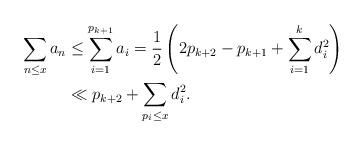
LaTeX: \begin{align*}\sum_{n\le x} a_n & \le \sum_{i=1}^{p_{k+1}} a_i =\frac1{2}\left(2p_{k+2}-p_{k+1} +\sum_{i=1}^k d_i^2\right)\\& \ll p_{k+2} + \sum_{p_i\le x} d_i^2.\end{align*}